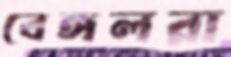
বেঙ্গলরা